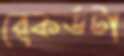
রেকর্ডটা